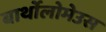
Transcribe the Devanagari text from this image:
बार्थोलोमेउस